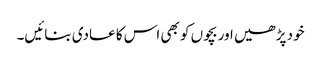
خود پڑھیں اور بچوں کو بھی اس کا عادی بنائیں۔